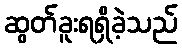
ဆွတ်ခူးရရှိခဲ့သည်